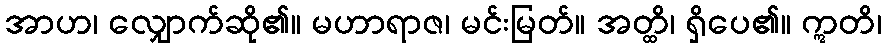
အာဟ၊ လျှောက်ဆို၏။ မဟာရာဇ၊ မင်းမြတ်။ အတ္ထိ၊ ရှိပေ၏။ ဣတိ၊